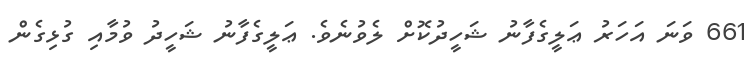
661 ވަނަ އަހަރު ޢަލީގެފާނު ޝަހީދުކޮށް ލެވުނެވެ. ޢަލީގެފާނު ޝަހީދު ވުމާއި ގުޅިގެން